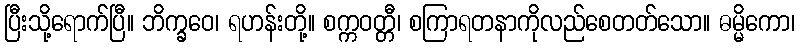
ပြီးသို့ရောက်ပြီ။ ဘိက္ခဝေ၊ ရဟန်းတို့။ စက္ကဝတ္တီ၊ စကြာရတနာကိုလည်စေတတ်သော။ ဓမ္မိကော၊